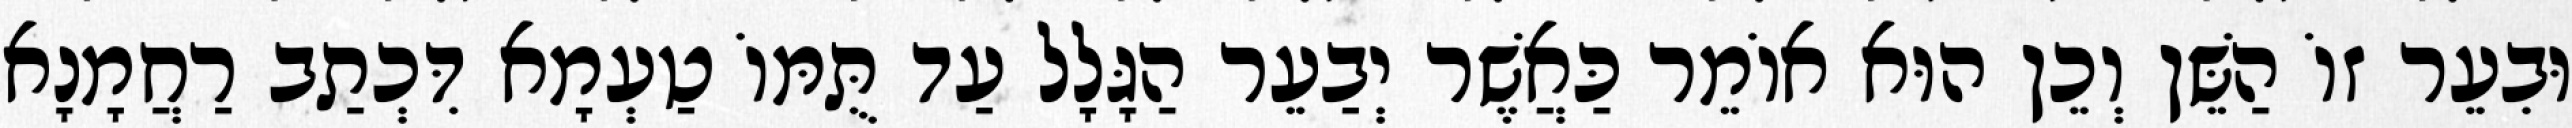
וּבִעֵר זוֹ הַשֵּׁן וְכֵן הוּא אוֹמֵר כַּאֲשֶׁר יְבַעֵר הַגָּלָל עַד תֻּמּוֹ טַעְמָא דִּכְתַב רַחֲמָנָא